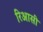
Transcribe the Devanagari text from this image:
रिआसी